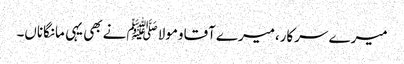
میرے سرکار،میرے آقاومولا ﷺنے بھی یہی مانگاناں۔